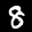
Label: 8